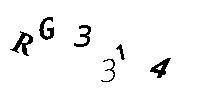
RG3314